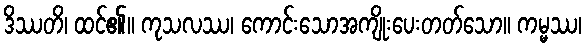
ဒိဿတိ၊ ထင်၏။ ကုသလဿ၊ ကောင်းသောအကျိုးပေးတတ်သော။ ကမ္မဿ၊